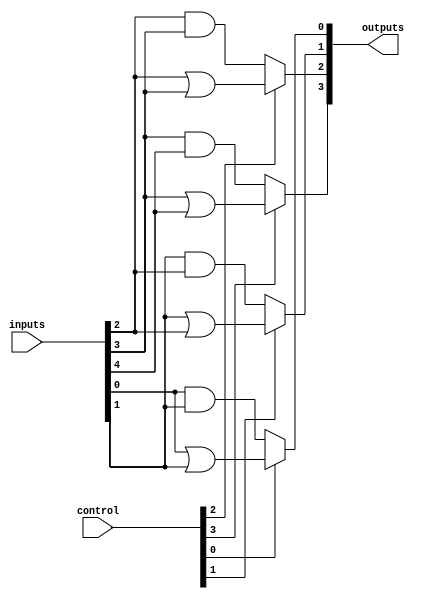
module CLB (
    input wire [N-1:0] inputs,          // Inputs to the CLB
    input wire [M-1:0] control,         // Control signals for programming
    output wire [P-1:0] outputs         // Outputs from the CLB
);
    parameter N = 8;                    // Number of inputs
    parameter M = 4;                    // Number of control signals
    parameter P = 4;                    // Number of outputs

    // Internal signals
    wire [N-1:0] lf_outputs;            // Outputs from Logic Function Units
    wire [N-1:0] programmed_inputs;     // Inputs after programming
    wire [P-1:0] final_outputs;         // Final outputs after processing

    // Logic Function Units (LFUs)
    generate
        genvar i;
        for (i = 0; i < P; i = i + 1) begin : lf_unit
            // Each LFU can be configured to perform different logic functions
            assign lf_outputs[i] = (control[i] == 1'b0) ? (inputs[i] & inputs[i+1]) : // AND
                                    (inputs[i] | inputs[i+1]); // OR
        end
    endgenerate

    // Programmable Interconnections
    // This example assumes a simple direct connection for demonstration
    assign programmed_inputs = inputs; // In actual implementation, this would be based on anti-fuse programming

    // Output Logic
    generate
        for (i = 0; i < P; i = i + 1) begin : output_logic
            assign final_outputs[i] = lf_outputs[i]; // Directly driving outputs from LFUs
        end
    endgenerate

    // Assign final outputs to module outputs
    assign outputs = final_outputs;

endmodule